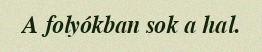
A folyókban sok a hal.